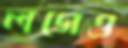
লগেও